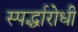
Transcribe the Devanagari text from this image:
स्पर्द्धारोधी